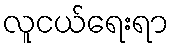
လူငယ်ရေးရာ